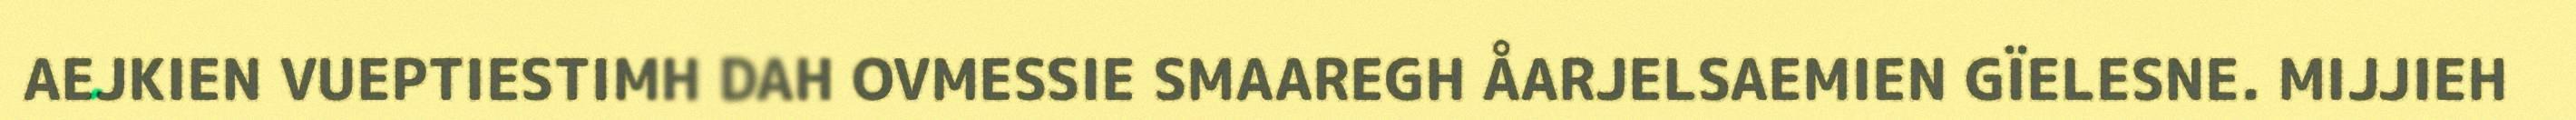
AEJKIEN VUEPTIESTIMH DAH OVMESSIE SMAAREGH ÅARJELSAEMIEN GÏELESNE. MIJJIEH